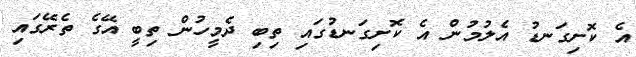
އެ ކޮށިގަނޑު އެލުމުން އެ ކޮށިގަނޑުގައި ތިބި ދެމީހުން ތިބީ އޭގެ ތެރޭގައި